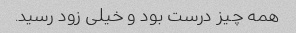
همه چیز درست بود و خیلی زود رسید.